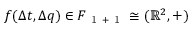
f ( \Delta t , \Delta q ) \in F _ { \mathrm { ~ 1 ~ + ~ 1 ~ } } \cong ( \mathbb { R } ^ { 2 } , + )